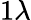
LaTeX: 1\lambda